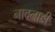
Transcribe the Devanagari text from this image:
नावनाडी